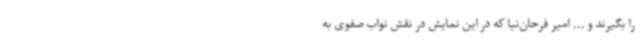
را بگیرند و ... امیر فرحان‌نیا که در این نمایش در نقش نواب صفوی به